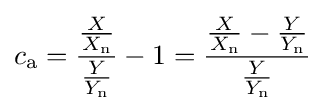
c_{\mathrm {a} }={\frac {\frac {X}{X_{\mathrm {n} }}}{\frac {Y}{Y_{\mathrm {n} }}}}-1={\frac {{\frac {X}{X_{\mathrm {n} }}}-{\frac {Y}{Y_{\mathrm {n} }}}}{\frac {Y}{Y_{\mathrm {n} }}}}